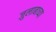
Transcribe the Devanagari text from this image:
जुलाबाच्या